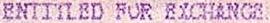
ENTITLED FOR EXCHANGE.